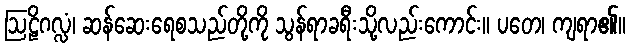
ဩဠိဂလ္လံ၊ ဆန်ဆေးရေစသည်တို့ကို သွန်ရာခရီးသို့လည်းကောင်း။ ပတေ၊ ကျရာ၏။